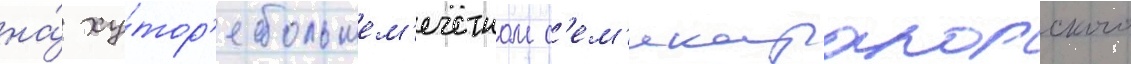
на́ ху́тор'е большем'ечетном с'ем'икаракорского